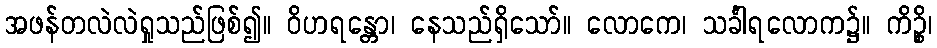
အဖန်တလဲလဲရှုသည်ဖြစ်၍။ ဝိဟရန္တော၊ နေသည်ရှိသော်။ လောကေ၊ သင်္ခါရလောက၌။ ကိဉ္စိ၊